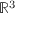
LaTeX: { \mathbb { R } } ^ { 3 }